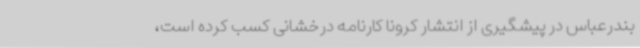
بندرعباس در پیشگیری از انتشار کرونا کارنامه درخشانی کسب کرده است،